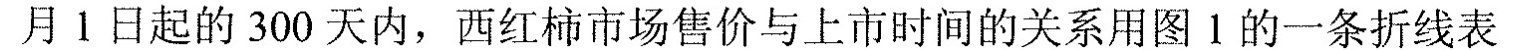
月1日起的300天内，西红柿市场售价与上市时间的关系用图1的一条折线表